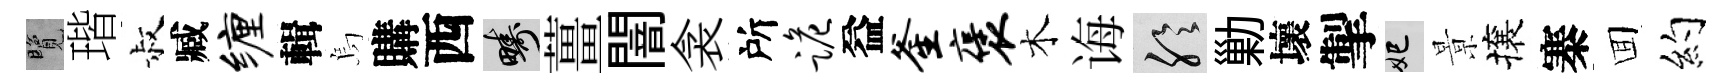
覽瑎叔臧缠輯烏購西疇薑闇衾所跪益釜褒木诲聆勦壞掣妃㬌攘寨囬約